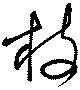
枝